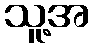
သူ့အ